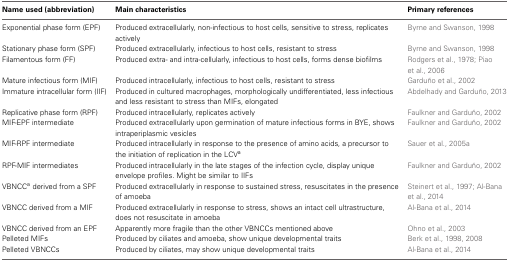
| Name used (abbreviation) | Main characteristics | Primary references |
 | --- | --- | --- |
 | Exponential phase form (EPF) | Produced extracellularly, non-infectious to host cells, sensitive to stress, replicates actively | Byrne and Swanson, 1998 |
 | Stationary phase form (SPF) | Produced extracellularly, infectious to host cells, resistant to stress | Byrne and Swanson, 1998 |
 | Filamentous form (FF) | Produced extra- and intra-cellularly, infectious to host cells, forms dense biofilms | Rodgers et al., 1978; Piao et al., 2006 |
 | Mature infectious form (MIF) | Produced intracellularly, infectious to host cells, resistant to stress | Garduño et al., 2002 |
 | Immature intracellular form (IIF) | Produced in cultured macrophages, morphologically undifferentiated, less infectious and less resistant to stress than MIFs, elongated | Abdelhady and Garduño, 2013 |
 | Replicative phase form (RPF) | Produced intracellularly, replicates actively | Faulkner and Garduño, 2002 |
 | MIF-EPF intermediate | Produced extracellularly upon germination of mature infectious forms in BYE, shows intraperiplasmic vesicles | Faulkner and Garduño, 2002 |
 | MIF-RPF intermediate | Produced intracellularly in response to the presence of amino acids, a precursor to the initiation of replication in the LCVa | Sauer et al., 2005a |
 | RPF-MIF intermediates | Produced intracellularly in the late stages of the infection cycle, display unique envelope profiles. Might be similar to IIFs | Faulkner and Garduño, 2002 |
 | VBNCCa derived from a SPF | Produced extracellularly in response to sustained stress, resuscitates in the presence of amoeba | Steinert et al., 1997; Al-Bana et al., 2014 |
 | VBNCC derived from a MIF | Produced extracellularly in response to stress, shows an intact cell ultrastructure, does not resuscitate in amoeba | Al-Bana et al., 2014 |
 | VBNCC derived from an EPF | Apparently more fragile than the other VBNCCs mentioned above | Ohno et al., 2003 |
 | Pelleted MIFs | Produced by ciliates and amoeba, show unique developmental traits | Berk et al., 1998, 2008 |
 | Pelleted VBNCCs | Produced by ciliates, may show unique developmental traits | Al-Bana et al., 2014 |